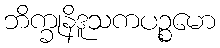
ဘိက္ခုနိဒူသကပဉ္စမော